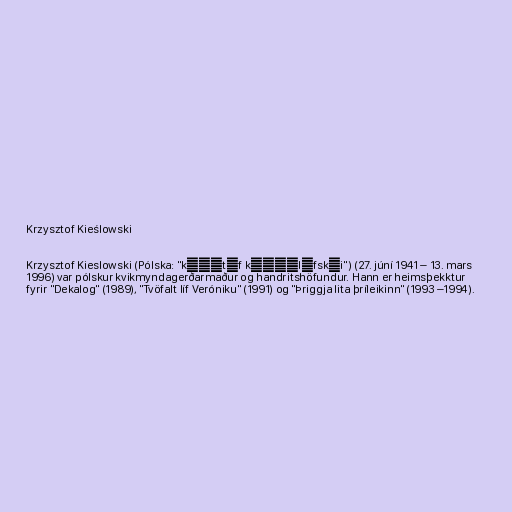
Krzysztof Kieślowski

Krzysztof Kieslowski (Pólska: "kʂɨʂtɔf kʲɛɕˈlɔfskʲi") (27. júní 1941 – 13. mars
1996) var pólskur kvikmyndagerðarmaður og handritshöfundur. Hann er heimsþekktur
fyrir "Dekalog" (1989), "Tvöfalt líf Veróniku" (1991) og "Þriggja lita þríleikinn" (1993 –1994).